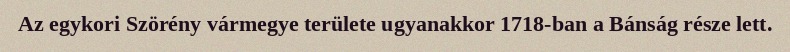
Az egykori Szörény vármegye területe ugyanakkor 1718-ban a Bánság része lett.